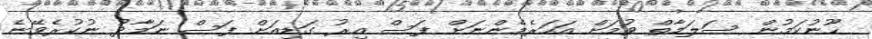
ހޫނުކަމުން ސަލަމާތް ވުމަށް އަހަރެމެންނަށް ފަސް އިރު ގަޑިއަށް ފަސް ނަމާދު ނުކުރެވޭނެ